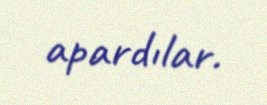
apardılar.